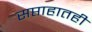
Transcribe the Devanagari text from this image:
सप्ताहातही